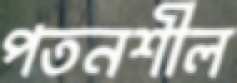
পতনশীল